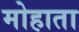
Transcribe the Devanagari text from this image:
मोहाता